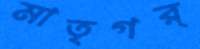
মাতৃগর্